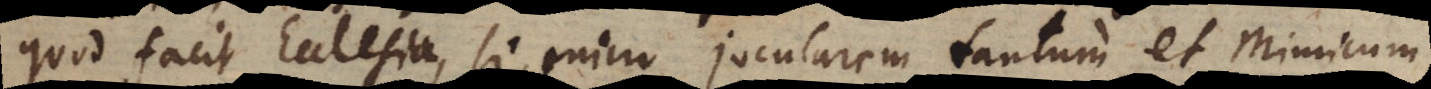
quod facit Ecclesia, si enim jocularem tantum et mimicum